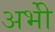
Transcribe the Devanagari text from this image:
अभीे